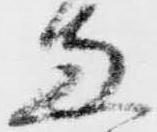
両